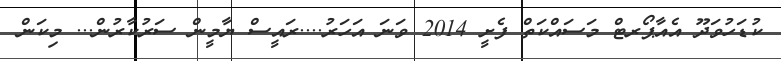
ކުޑަހުވަދޫ އެއާޕޯރޓް މަސައްކަތް ފެށީ 2014 ވަނަ އަހަރު....ރައީސް ޔާމީން ސަރުކާރުން... މިކަން